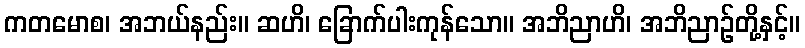
ကတမောစ၊ အဘယ်နည်း။ ဆဟိ၊ ခြောက်ပါးကုန်သော။ အဘိညာဟိ၊ အဘိညာဉ်တို့နှင့်။